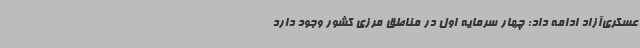
عسکری‌آزاد ادامه داد: چهار سرمایه اول در مناطق مرزی کشور وجود دارد